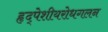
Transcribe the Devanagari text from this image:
हृद्‌पेशीयरोधगलन